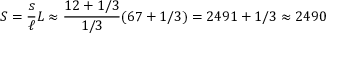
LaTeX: S = { \frac { s } { \ell } } L \approx { \frac { 1 2 + 1 / 3 } { 1 / 3 } } ( 6 7 + 1 / 3 ) = 2 4 9 1 + 1 / 3 \approx 2 4 9 0